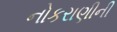
નોકરાણીની